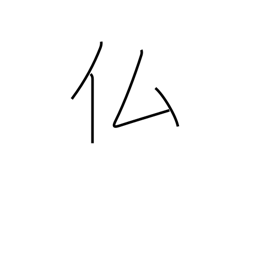
Meaning: France